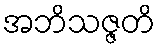
အဘိသဇ္ဇတိ